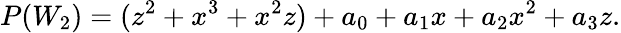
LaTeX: P(W_{2})=(z^{2}+x^{3}+x^{2}z)+a_{0}+a_{1}x+a_{2}x^{2}+a_{3}z.